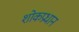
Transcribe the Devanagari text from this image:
शोकप्रधान